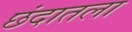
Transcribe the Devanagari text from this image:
छंदातला